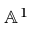
\mathbb { A } ^ { 1 }